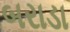
બરાડા